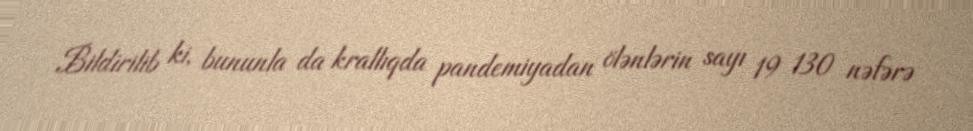
Bildirilib ki, bununla da krallıqda pandemiyadan ölənlərin sayı 19 130 nəfərə